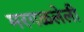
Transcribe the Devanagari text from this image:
मरगळलेली